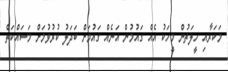
މަކަރާއި ހީލަތުން މީހަކު އެއް ގައުމުން އަނެއް ގައުމަށް ބަދަލު ކުރުވުމަށް މަސައްކަތް